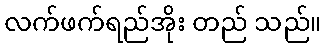
လက်ဖက်ရည်အိုး တည် သည်။